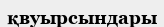
қвуырсындары